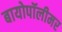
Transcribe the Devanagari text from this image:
बायोपॉलीमर